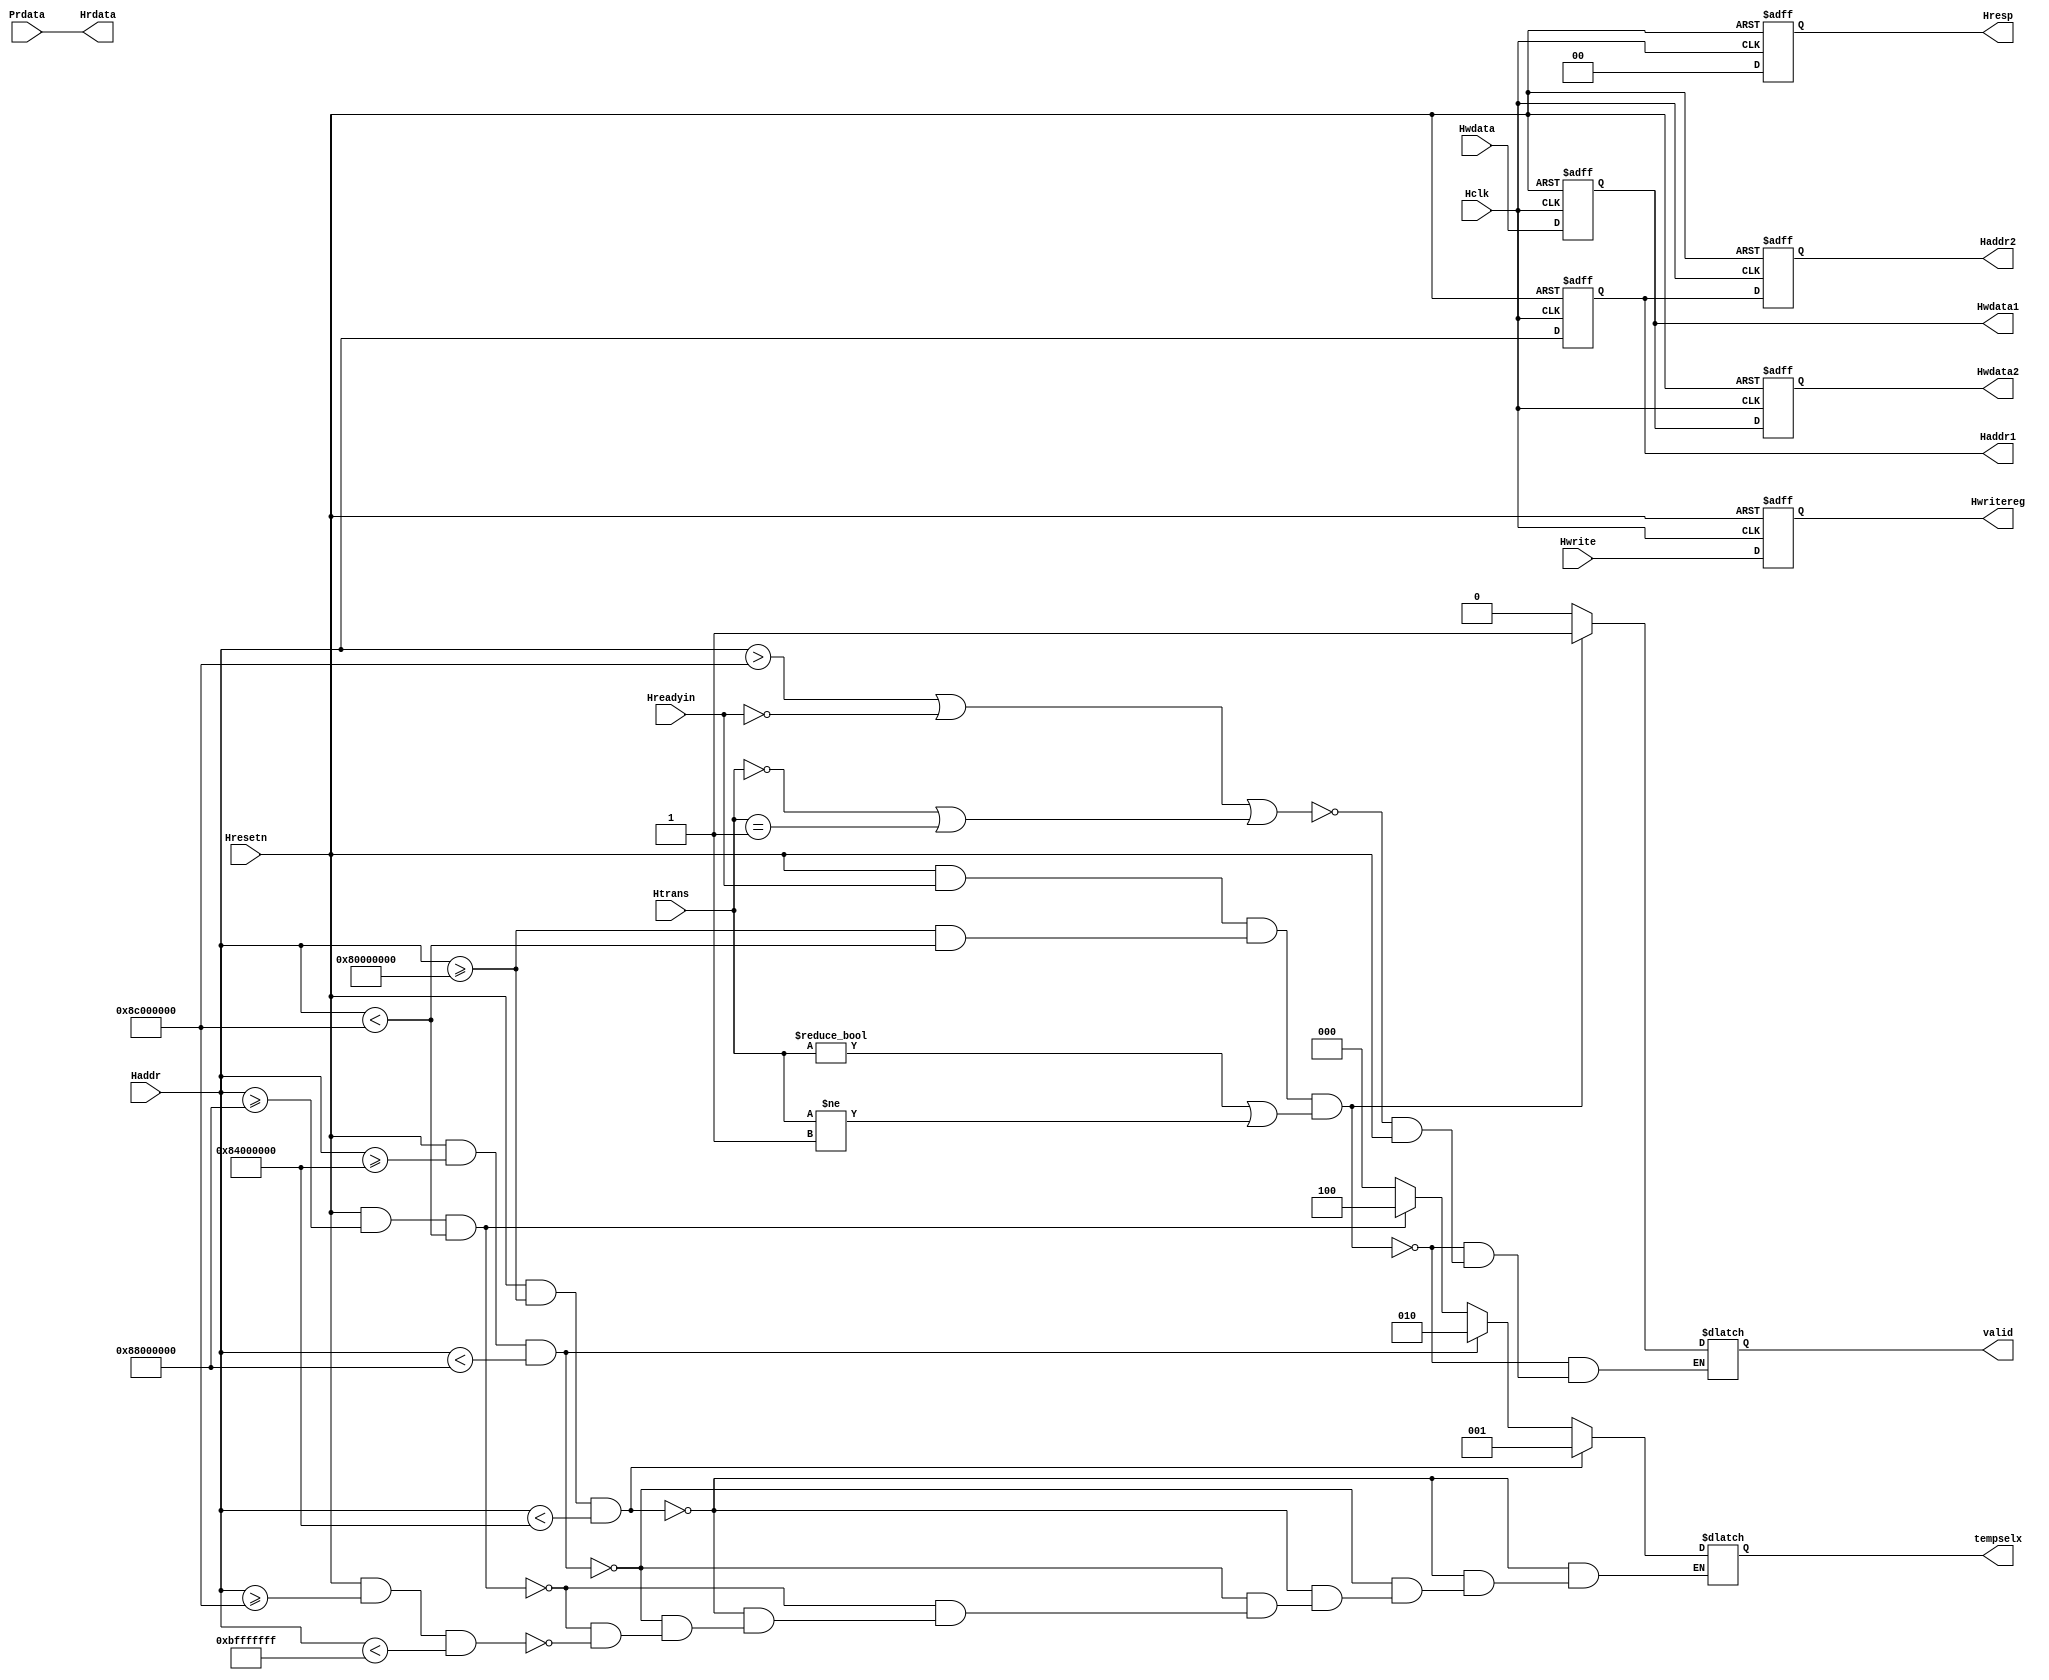
`timescale 1ns / 1ps
//////////////////////////////////////////////////////////////////////////////////
// 
// 
// Design Name: AHB2APB Bridge
// Module Name: AHB_Slave
// 
//////////////////////////////////////////////////////////////////////////////////

 module AHB_Slave(Hclk,Hresetn,Hwrite,Hreadyin,Htrans,Haddr,Hwdata,Prdata,valid,Haddr1,Haddr2,Hwdata1,Hwdata2,Hrdata,Hwritereg,tempselx,Hresp);

//************************************************************************
//port declaration
input Hclk,Hresetn;
input Hwrite,Hreadyin;
input [1:0] Htrans;
input [31:0] Haddr,Hwdata,Prdata;

output reg valid;
output reg [31:0] Haddr1,Haddr2,Hwdata1,Hwdata2;
output [31:0] Hrdata; 
output reg Hwritereg;
output reg [2:0] tempselx;
output reg [1:0] Hresp;

//**********************************************************************************
//Data transition type : Htrans
parameter IDLE = 2'b00, 
          BUSY = 2'b01, 
          NON_SEQ = 2'b10, 
          SEQ = 2'b11;

//different slaves used : tempselx	
parameter INTERURPT_CONTROLLER = 3'b001,
          COUNTER_TIMER = 3'b010,
          REMAP_PAUSE = 3'b100,
          UNDEFINED = 3'b000;

//**********************************************************************************
// assigning hrdata with prdata
assign Hrdata = Prdata;

//*******************************************************************************
// Implementing Pipeline Logic 
always @(posedge Hclk,negedge Hresetn)
begin
Hresp=1'b0;	
if (~Hresetn)
    begin
       Haddr1<=0;
	   Haddr2<=0;
	   Hwdata1<=0;
	   Hwdata2<=0;
	   Hwritereg<=0;
    end
else
    begin
       Haddr1<=Haddr;
	   Haddr2<=Haddr1;
	   Hwdata1<=Hwdata;
	   Hwdata2<=Hwdata1;
	   Hwritereg<=Hwrite;
    end
end

//*******************************************************************************
// Implementing Valid Logic Generation
always @(Hreadyin,Haddr,Htrans,Hresetn)
begin
    if(!Hresetn)
        valid=1'b0;
	if (Hresetn && Hreadyin && (Haddr>=32'h8000_0000 && Haddr<32'h8C00_0000) && (Htrans != IDLE || Htrans != BUSY) )
	   valid=1'b1;
	else if(Haddr>32'h8C00_0000 || !Hreadyin || (Htrans == IDLE || Htrans == BUSY))
       valid=1'b0;
end

//**********************************************************************************
// Implementing Tempselx Logic
always @(Haddr,Hresetn)
begin
if (Hresetn && Haddr>=32'h8000_0000 && Haddr<32'h8400_0000)
    tempselx=INTERURPT_CONTROLLER;
else if (Hresetn && Haddr>=32'h8400_0000 && Haddr<32'h8800_0000)
    tempselx=COUNTER_TIMER;
else if (Hresetn && Haddr>=32'h8800_0000 && Haddr<32'h8C00_0000)
	tempselx=REMAP_PAUSE;
else if(Hresetn && Haddr>=32'h8C00_0000 && Haddr<32'hBFFF_FFFF)
    tempselx=UNDEFINED;
end

//*******************************************************************************
			   
endmodule